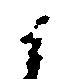
候